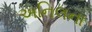
અનિલના